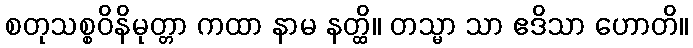
စတုသစ္စဝိနိမုတ္တာ ကထာ နာမ နတ္ထိ။ တသ္မာ သာ ဧဒိသာ ဟောတိ။